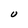
Character: U